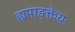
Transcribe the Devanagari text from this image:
ह्यपाङ्क्तेयः